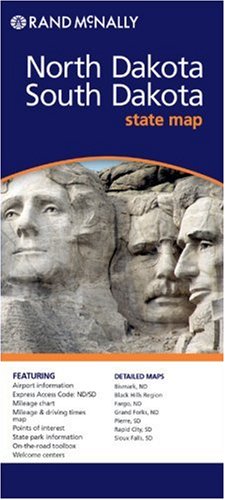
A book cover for North & South Dakota; Travel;